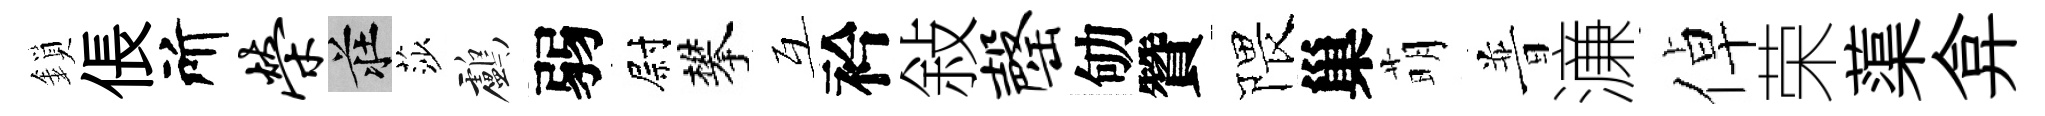
鎖倀所荣莊莎鸕弱尉攀互衿敍罄劬贊隈巢萌普濓倬荣蕖弇